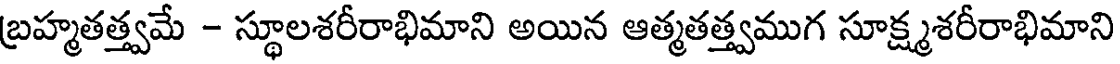
బ్రహ్మతత్త్వమే - స్థూలశరీరాభిమాని అయిన ఆత్మతత్త్వముగ సూక్ష్మశరీరాభిమాని